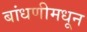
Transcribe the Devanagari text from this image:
बांधणीमधून